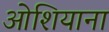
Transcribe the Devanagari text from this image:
ओशियाना